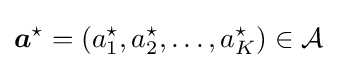
{\boldsymbol {a}}^{\star }=\left(a_{1}^{\star },a_{2}^{\star },\ldots ,a_{K}^{\star }\right)\in {\mathcal {A}}